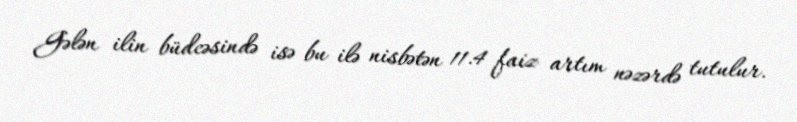
Gələn ilin büdcəsində isə bu ilə nisbətən 11.4 faiz artım nəzərdə tutulur.